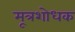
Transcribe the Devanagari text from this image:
मूत्रशोधक